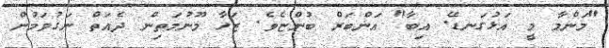
"މަންމާ މީ އަޅުގަނޑޭ. އިބާ" އަންބަރް ބުންޏެވެ. ޒަހާ މޫނުމަތިން ދެއަތް ނަގުވަމުން